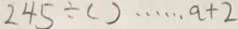
2 4 5 \div ( ) \cdots a + 2